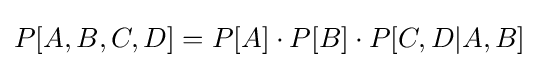
P[A,B,C,D]=P[A]\cdot P[B]\cdot P[C,D|A,B]